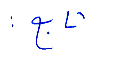
تابع: